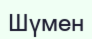
Шүмен